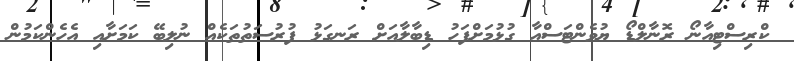
ކްރިސްޓިއާނޯ ރޮނާލްޑޯ ޔުވެންޓަސްއާ ގުޅުމަށްފަހު ޑިބާލާއަށް ރަނގަޅު ފުރުސަތުތަކެއް ނުލިބޭ ކަމަށާއި އެހެންކަމުން